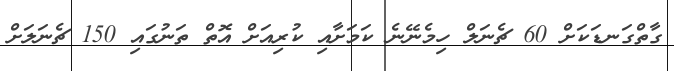
ގާތްގަނޑަކަށް 60 ޗެނަލް ހިމެނޭނެ ކަމަށާއި ކުރިއަށް އޮތް ތަނުގައި 150 ޗެނަލަށް